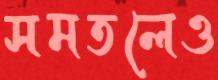
সমতলেও